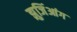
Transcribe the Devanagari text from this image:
झुजिंआंग